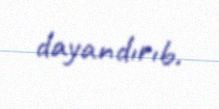
dayandırıb.